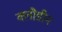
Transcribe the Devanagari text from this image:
क्लौडीन